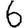
Digit: 6